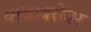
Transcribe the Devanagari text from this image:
याचाबरोबर